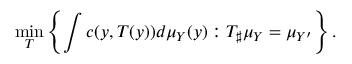
\operatorname* { m i n } _ { T } \left\{ \int c ( y , T ( y ) ) d \mu _ { Y } ( y ) : T _ { \sharp } \mu _ { Y } = \mu _ { Y ^ { \prime } } \right\} .